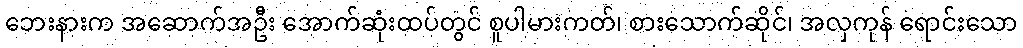
ဘေးနားက အဆောက်အဦး အောက်ဆုံးထပ်တွင် စူပါမားကတ်၊ စားသောက်ဆိုင်၊ အလှကုန် ရောင်းသော